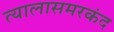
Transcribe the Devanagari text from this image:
त्यालासमरकंद